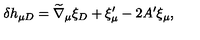
\delta h _ { \mu D } = { \widetilde \nabla } _ { \mu } \xi _ { D } + \xi _ { \mu } ^ { \prime } - 2 A ^ { \prime } \xi _ { \mu } ,